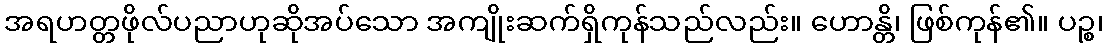
အရဟတ္တဖိုလ်ပညာဟုဆိုအပ်သော အကျိုးဆက်ရှိကုန်သည်လည်း။ ဟောန္တိ၊ ဖြစ်ကုန်၏။ ပဉ္စ၊